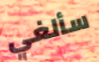
سألغي